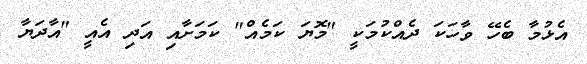
އެޅުމާ ބެހޭ ވާހަކަ ދެއްކުމަކީ "މޮޔަ ކަމެއް" ކަމަށާއި އަދި އެއީ "އާދަޔާ